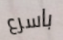
باسرع